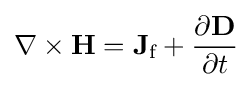
\nabla \times \mathbf {H} =\mathbf {J} _{\text{f}}+{\frac {\partial \mathbf {D} }{\partial t}}